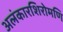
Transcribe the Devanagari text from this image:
अलंकारशिरोमणि